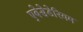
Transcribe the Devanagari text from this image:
एबेसेडेरियम